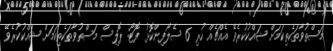
މަސްތުވާތަކެތިކަމަށް ޝައްކުކުރެވޭ އެއްޗެއް ހުރި 6 ސެލޯފިންކޮޅު ފޮޓޯ: ޕޮލިސް މަސްތުވާތަކެތިކަމަށް ޝައްކުކުރެވޭ